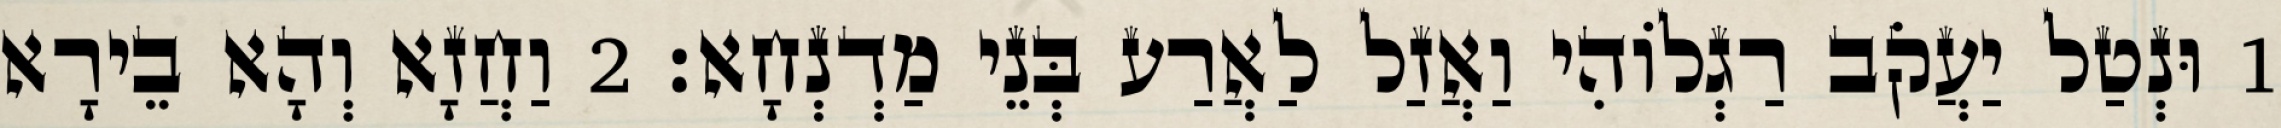
1 וּנְטַל יַעֲקֹב רַגְלוֹהִי וַאֲזַל לַאֲרַע בְּנֵי מַדְנְחָא׃ 2 וַחֲזָא וְהָא בֵירָא